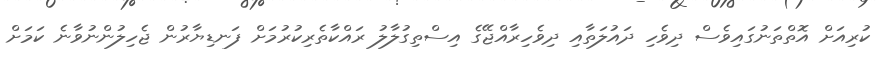
ކުރިއަށް އޮތްތަނުގައިވެސް ދިވެހި ދައުލަތާއި ދިވެހިރާއްޖޭގެ އިސްތިގުލާލު ރައްކާތެރިކުރުމަށް ފަނޑިޔާރުން ޖެހިލުންނުވާނެ ކަމަށް